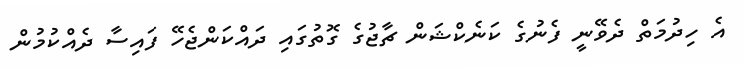
އެ ހިދުމަތް ދެވޭނީ ފެނުގެ ކަނެކްޝަން ޗާޖުގެ ގޮތުގައި ދައްކަންޖެހޭ ފައިސާ ދެއްކުމުން